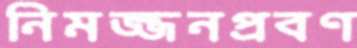
নিমজ্জনপ্রবণ